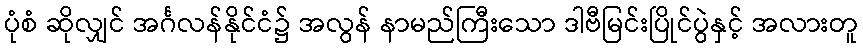
ပုံစံ ဆိုလျှင် အင်္ဂလန်နိုင်ငံ၌ အလွန် နာမည်ကြီးသော ဒါဗီမြင်းပြိုင်ပွဲနှင့် အလားတူ